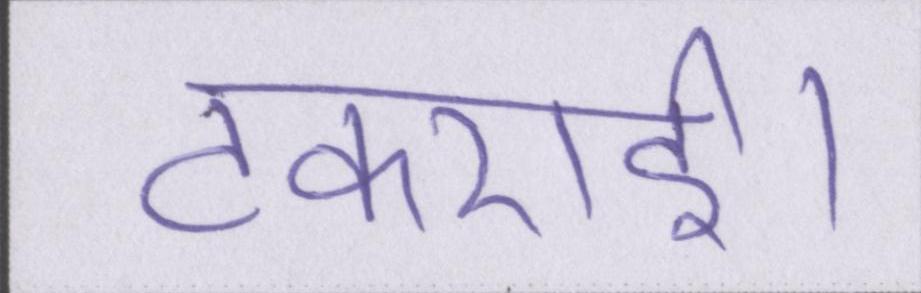
टकराई।